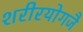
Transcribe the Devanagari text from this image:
शरीरयोगजै